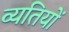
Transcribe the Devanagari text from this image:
व्यतियों